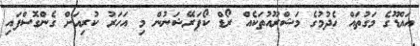
އައްޑޫގެ މަގުތައް ހެދުމުގެ މަޝްރޫއުތަކެއް ރޯޑް ކޯޕަރޭޝަނުން މި އަހަރު ކުރިއަށް ގެންގޮސްފައި